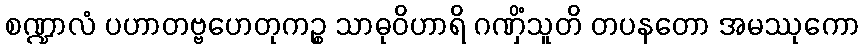
စဏ္ဍာလံ ပဟာတဗ္ဗဟေတုကဉ္စ သာဓုဝိဟာရိ ဂဏှိံသူတိ တပနတော အမဿုကော